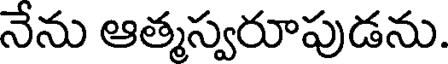
నేను ఆత్మస్వరూపుడను.